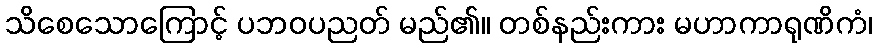
သိစေသောကြောင့် ပဘဝပညတ် မည်၏။ တစ်နည်းကား မဟာကာရုဏိကံ၊